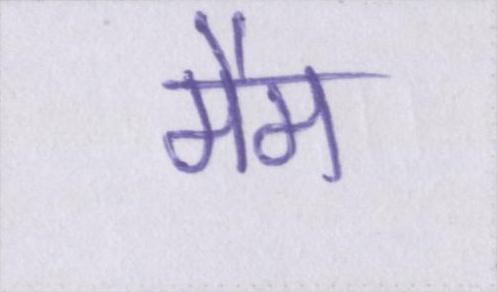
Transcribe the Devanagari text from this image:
मैम